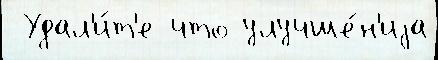
 Удал'и́т'е что улучше́н'иjа